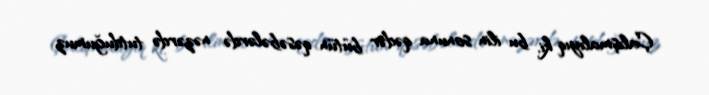
Çalışmalıyıq ki, bu ilin sonuna qədər bütün qəsəbələrdə nəzərdə tutduğumuz